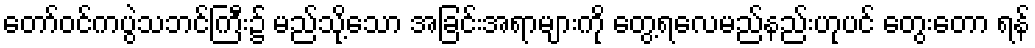
တော်ဝင်ကပွဲသဘင်ကြီး၌ မည်သို့သော အခြင်းအရာများကို တွေ့ရလေမည်နည်းဟုပင် တွေးတော ရန်